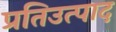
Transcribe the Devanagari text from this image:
प्रतिउत्पाद